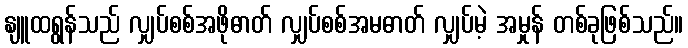
နျူထရွန်သည် လျှပ်စစ်အဖိုဓာတ် လျှပ်စစ်အမဓာတ် လျှပ်မဲ့ အမှုန် တစ်ခုဖြစ်သည်။